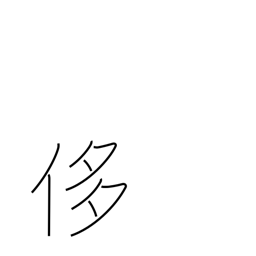
Meaning: pride